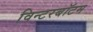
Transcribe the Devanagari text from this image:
विन्टरबॉटम